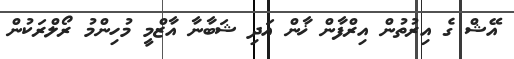
އޭޝް ގެ އިރުތުން އިރްފާން ޚާން އަދި ޝަބާނާ އާޒްމީ މުހިންމު ރޯލްރަކުން